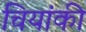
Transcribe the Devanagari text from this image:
चियांकी